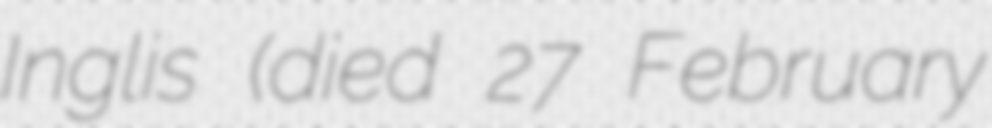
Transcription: Inglis (died 27 February